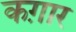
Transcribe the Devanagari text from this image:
कग़ार